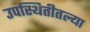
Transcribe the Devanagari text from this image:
उपस्थितीतल्या